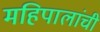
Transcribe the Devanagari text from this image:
महिपालांची